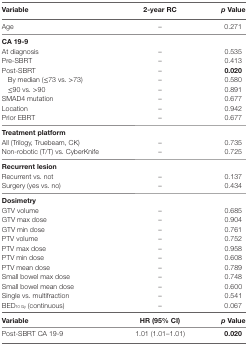
<table><thead><tr><td><b>Variable</b></td><td><b>2-year RC</b></td><td><b><i>p</i> Value</b></td></tr></thead><tbody><tr><td>Age</td><td>–</td><td>0.271</td></tr><tr><td colspan="3"><b>CA 19-9</b></td></tr><tr><td>At diagnosis</td><td>–</td><td>0.535</td></tr><tr><td>Pre-SBRT</td><td>–</td><td>0.413</td></tr><tr><td>Post-SBRT</td><td>–</td><td><b>0.020</b></td></tr><tr><td> By median (≤73 vs. &gt;73)</td><td>–</td><td>0.580</td></tr><tr><td> ≤90 vs. &gt;90</td><td>–</td><td>0.891</td></tr><tr><td>SMAD4 mutation</td><td>–</td><td>0.677</td></tr><tr><td>Location</td><td>–</td><td>0.942</td></tr><tr><td>Prior EBRT</td><td>–</td><td>0.677</td></tr><tr><td colspan="3"><b>Treatment platform</b></td></tr><tr><td>All (Trilogy, Truebeam, CK)</td><td>–</td><td>0.735</td></tr><tr><td>Non-robotic (T/T) vs. CyberKnife</td><td>–</td><td>0.725</td></tr><tr><td colspan="3"><b>Recurrent lesion</b></td></tr><tr><td>Recurrent vs. not</td><td>–</td><td>0.137</td></tr><tr><td>Surgery (yes vs. no)</td><td>–</td><td>0.434</td></tr><tr><td colspan="3"><b>Dosimetry</b></td></tr><tr><td>GTV volume</td><td>–</td><td>0.685</td></tr><tr><td>GTV max dose</td><td>–</td><td>0.904</td></tr><tr><td>GTV min dose</td><td>–</td><td>0.761</td></tr><tr><td>PTV volume</td><td>–</td><td>0.752</td></tr><tr><td>PTV max dose</td><td>–</td><td>0.958</td></tr><tr><td>PTV min dose</td><td>–</td><td>0.608</td></tr><tr><td>PTV mean dose</td><td>–</td><td>0.789</td></tr><tr><td>Small bowel max dose</td><td>–</td><td>0.748</td></tr><tr><td>Small bowel mean dose</td><td>–</td><td>0.600</td></tr><tr><td>Single vs. multifraction</td><td>–</td><td>0.541</td></tr><tr><td>BED<sub>10 Gy</sub> (continuous)</td><td>–</td><td>0.067</td></tr><tr><td><b>Variable</b></td><td><b>HR (95% CI)</b></td><td><b><i>p</i> Value</b></td></tr><tr><td>Post-SBRT CA 19-9</td><td>1.01 (1.01–1.01)</td><td><b>0.020</b></td></tr></tbody></table>